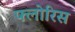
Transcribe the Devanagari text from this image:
फ्लोरिस